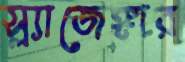
স্ল্যাজেঙ্গার